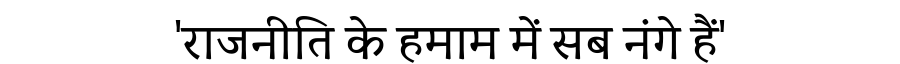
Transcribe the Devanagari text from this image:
'राजनीति के हमाम में सब नंगे हैं'